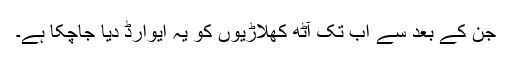
جن کے بعد سے اب تک آٹھ کھلاڑیوں کو یہ ایوارڈ دیا جاچکا ہے۔